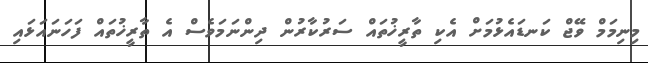
މިނިމަމް ވޭޖް ކަނޑައެޅުމަށް އެކި ތާރީޚުތައް ސަރުކާރުން ދިންނަމަވެސް އެ ތާރީޚުތައް ފަހަނައަޅައި